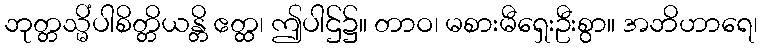
ဘုတ္တသ္မိံပါစိတ္တိယန္တိ ဧတ္ထ၊ ဤပါဌ်၌။ တာဝ၊ မစားမီရှေးဦးစွာ။ အဘိဟာရေ၊